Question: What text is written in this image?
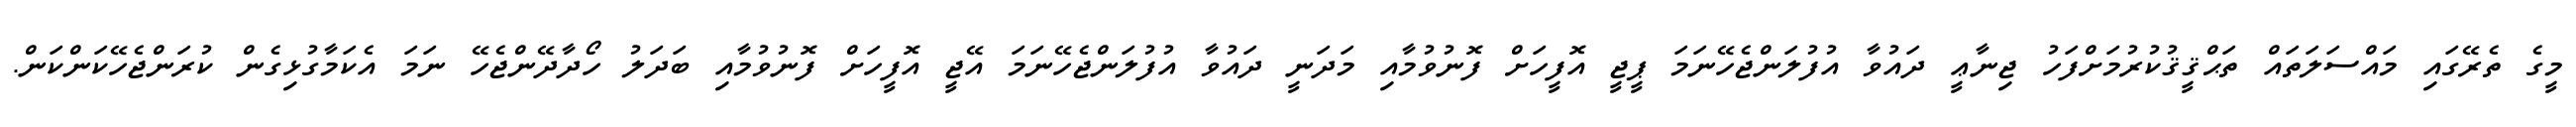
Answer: މީގެ ތެރޭގައި މައްސަލަތައް ތަޙްޤީޤުކުރުމަށްފަހު ޖިނާޢީ ދައުވާ އުފުލަންޖެހޭނަމަ ޕީޖީ އޮފީހަށް ފޮނުވުމާއި މަދަނީ ދައުވާ އުފުލަންޖެހޭނަމަ އޭޖީ އޮފީހަށް ފޮނުވުމާއި ބަދަލު ހޯދާދޭންޖެހޭ ނަމަ އެކަމާގުޅިގެން ކުރަންޖެހޭކަންކަން.